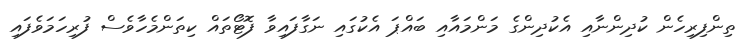
ތިންފިރިހެން ކުދިންނާއި އެކުދިންގެ މަންމައާއި ބައްޕަ އެކުގައި ނަގާފައިވާ ފޮޓޯތައް ކިތަންމެހާވެސް ފުރިހަމަވެފައި